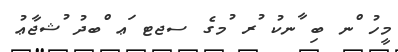
މީހު ްނ ބި ާނކު ުރ ުމގެ ސޖޓ ަޢ ްބދު ުޝޖާޢު